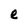
Character: e